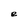
Character: e